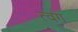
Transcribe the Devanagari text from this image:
त्वग